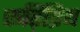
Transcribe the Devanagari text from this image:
रूढ़िप्रिय